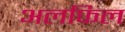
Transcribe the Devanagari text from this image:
अलफिल